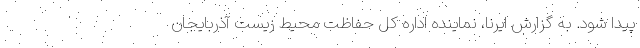
پیدا شود. به گزارش ایرنا، نماینده اداره کل حفاظت محیط زیست آذربایجان